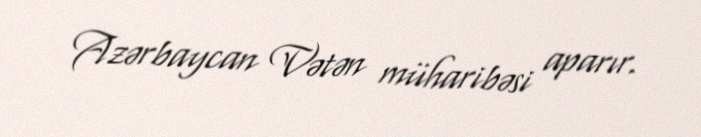
Azərbaycan Vətən müharibəsi aparır.